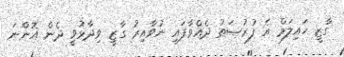
ގާޒީ ހައިލަމް އެ ފުރުޞަތު ދެއްވާފައި ނުވާއިރު ގާޒީ ވިދާޅުވީ ދެން އޮންނަ